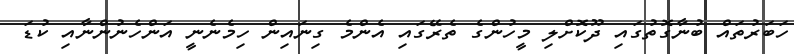
ހަބަރުތައް ބުނާގޮތުގައި ދޫކޮށްލި މީހުންގެ ތެރޭގައި އެންމެ ގިނައިން ހިމެނެނީ އަންހެނުންނާއި ކުޑަ